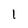
Character: 1